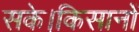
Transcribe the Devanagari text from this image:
सके।किसानों